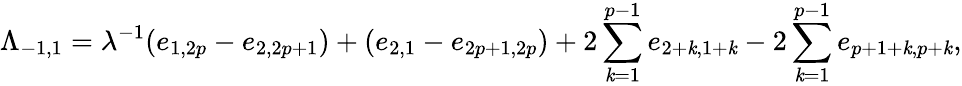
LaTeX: \Lambda_{-1,1}=\lambda^{-1}(e_{1,2p}-e_{2,2p+1})+(e_{2,1}-e_{2p+1,2p})+2\sum_{\mathit{k}=1}^{p-1}e_{2+\mathit{k},1+\mathit{k}}-2\sum_{\mathit{k}=1}^{p-1}e_{p+1+\mathit{k},p+\mathit{k}},